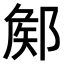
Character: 𨜫